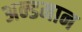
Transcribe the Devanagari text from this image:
अन्डमान